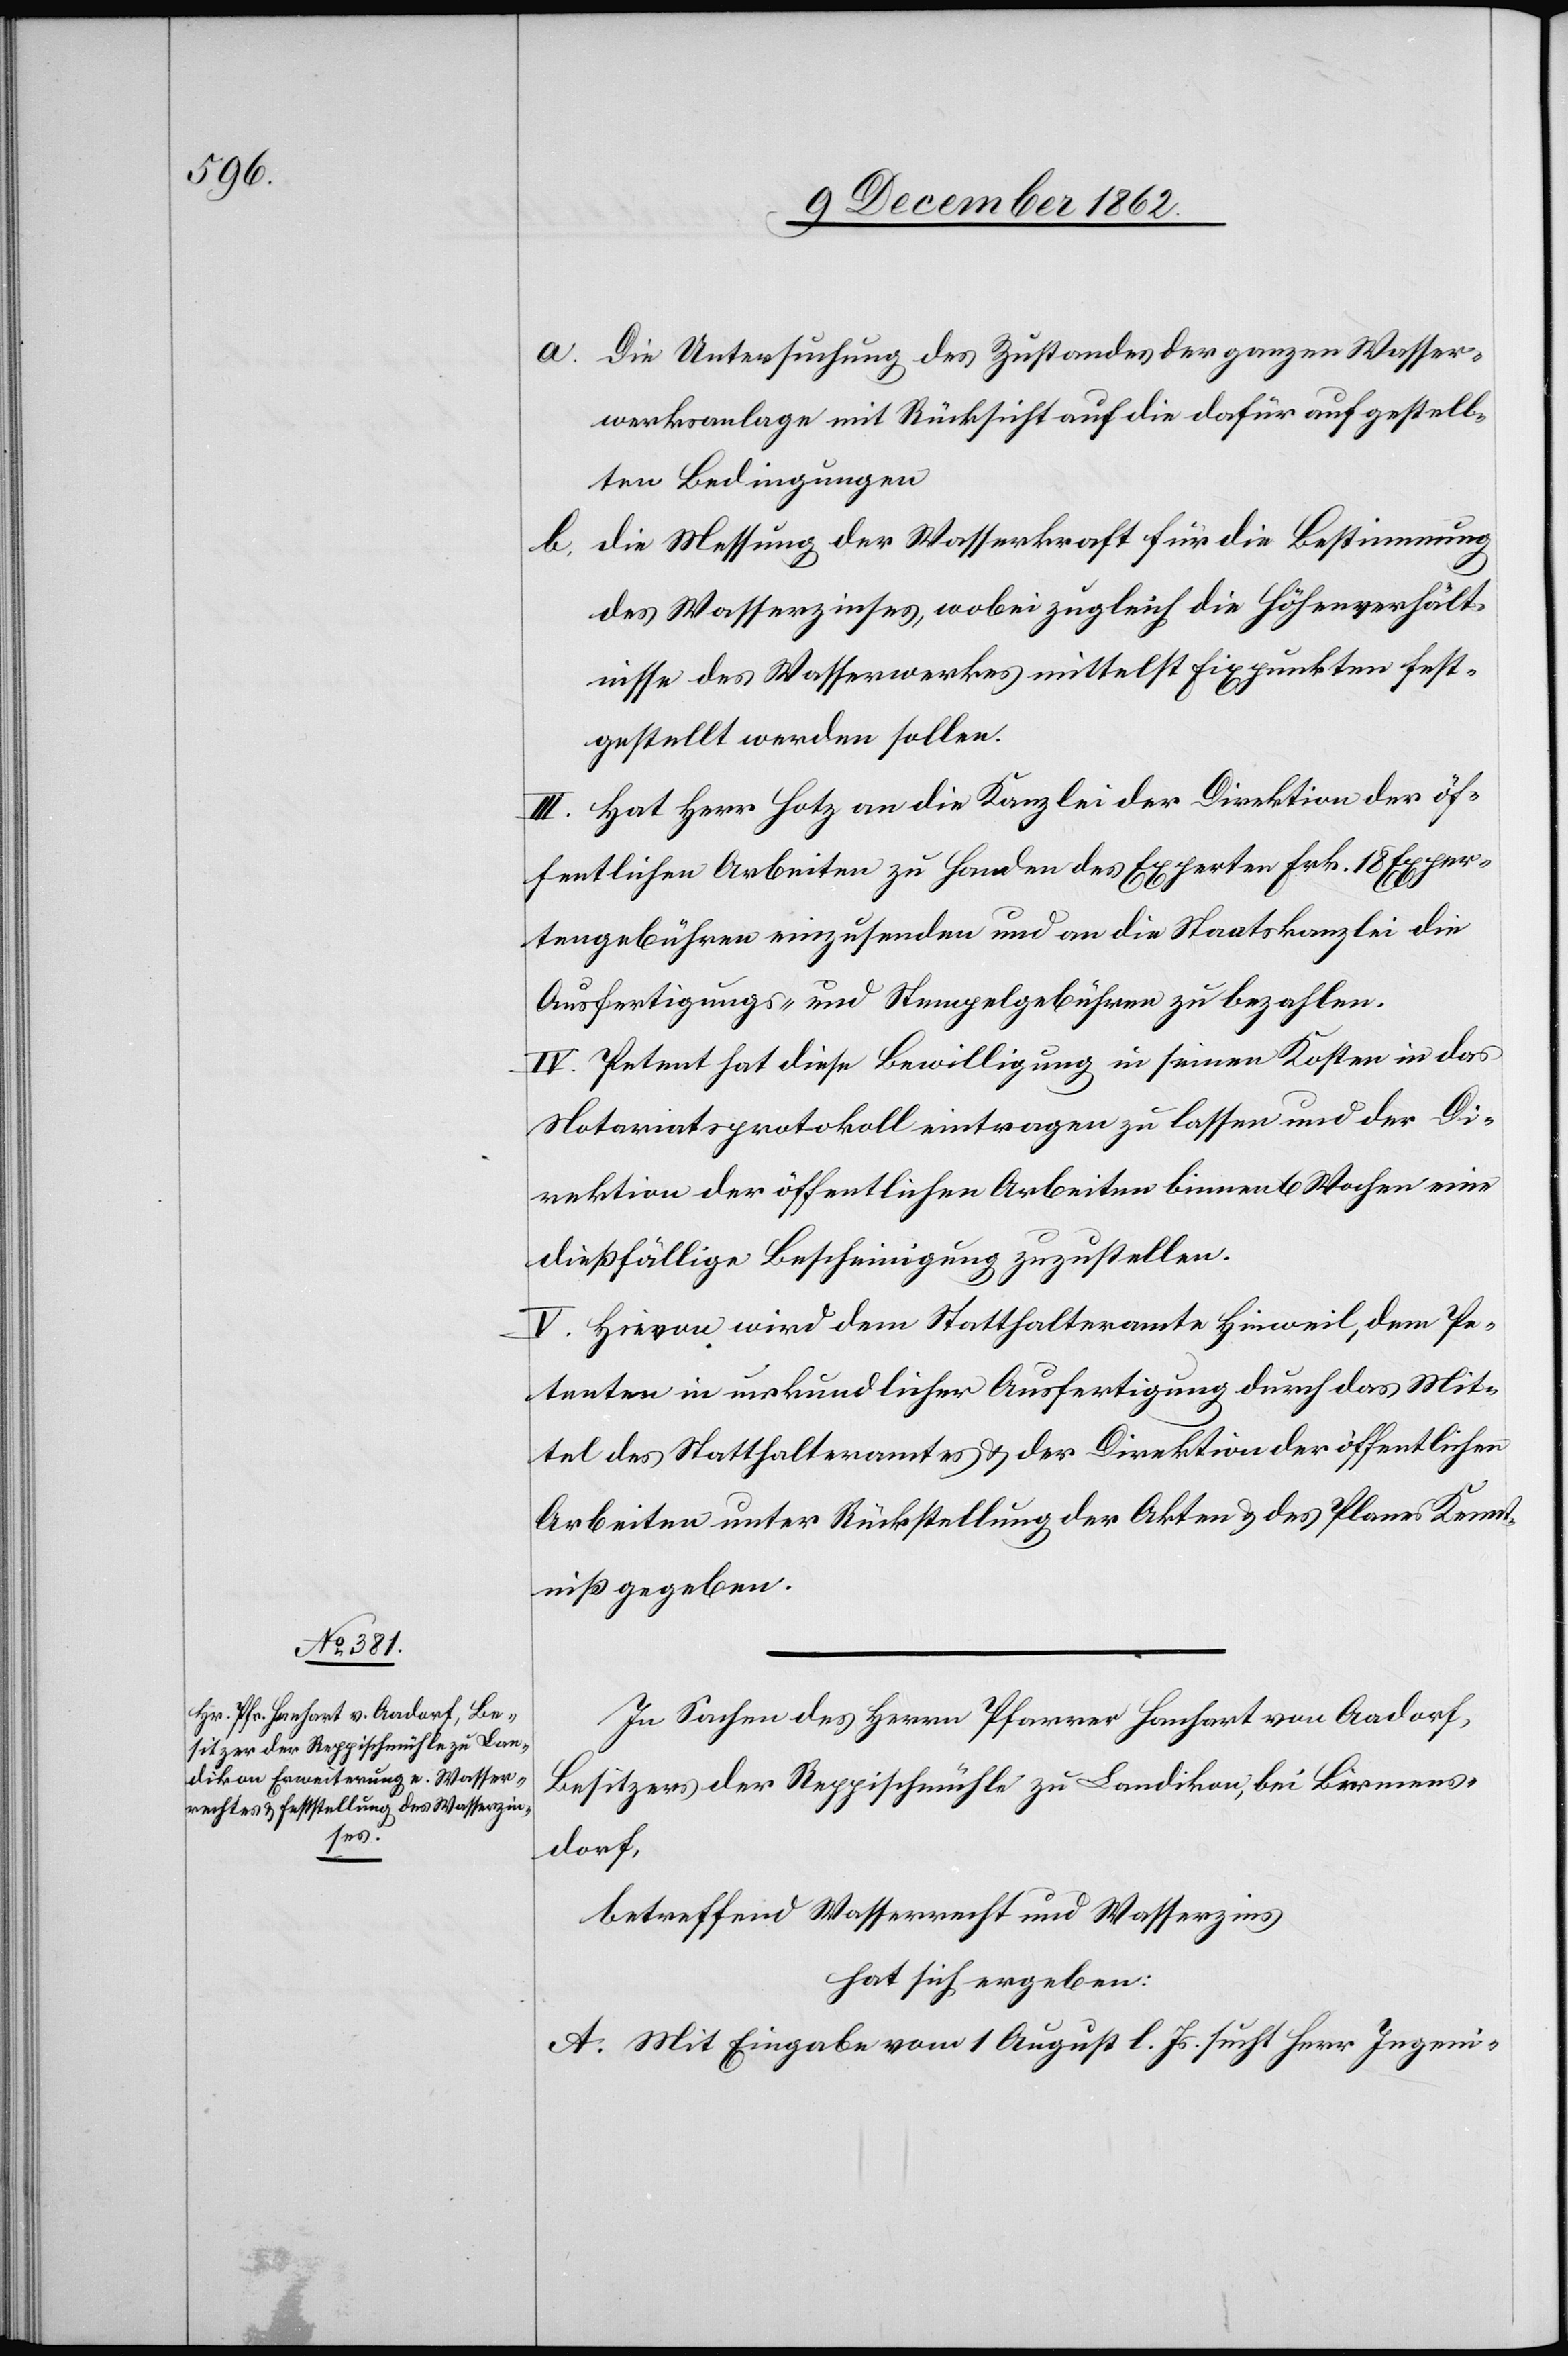
a. Die Untersuchung des Zustandes der ganzen Wasser¬
werksanlage mit Rücksicht auf die dafür aufgestell¬
ten Bedingungen.
b. die Messung der Wasserkraft für die Bestimmung
des Wasserzinses, wobei zugleich die Höhenverhält¬
nisse des Wasserwerkes mittelst Fixpunkten fest¬
gestellt werden sollen.
III. Hat Herr Hotz an die Kanzlei der Direktion der öf¬
fentlichen Arbeiten zu Handen des Experten Frk. 18 Exper¬
tengebühren einzusenden und an die Staatskanzlei die
Ausfertigungs- und Stempelgebühren zu bezahlen.
IV. Petent hat diese Bewilligung in seinen Kosten in das
Notariatsprotokoll eintragen zu lassen und der Di¬
rektion der öffentlichen Arbeiten binnen 6 Wochen eine
dießfällige Bescheinigung zuzustellen.
V. Hievon wird dem Statthalteramte Hinweil, dem Pe¬
tenten in urkundlicher Ausfertigung durch das Mit¬
tel des Statthalteramtes u. der Direktion der öffentlichen
Arbeiten unter Rückstellung der Akten u. des Planes Kennt¬
niß gegeben.
In Sachen des Herrn Pfarrer Hanhart von Aadorf,
Besitzers der Reppischmühle zu Landikon, bei Birmens¬
dorf,
betreffend Wasserrecht und Wasserzins
hat sich ergeben:
A. Mit Eingabe vom 1. August l. Js. sucht Herr Ingeni-